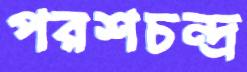
পরশচন্দ্র